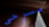
مسرحي